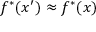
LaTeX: f ^ { * } ( x ^ { \prime } ) \approx f ^ { * } ( x )